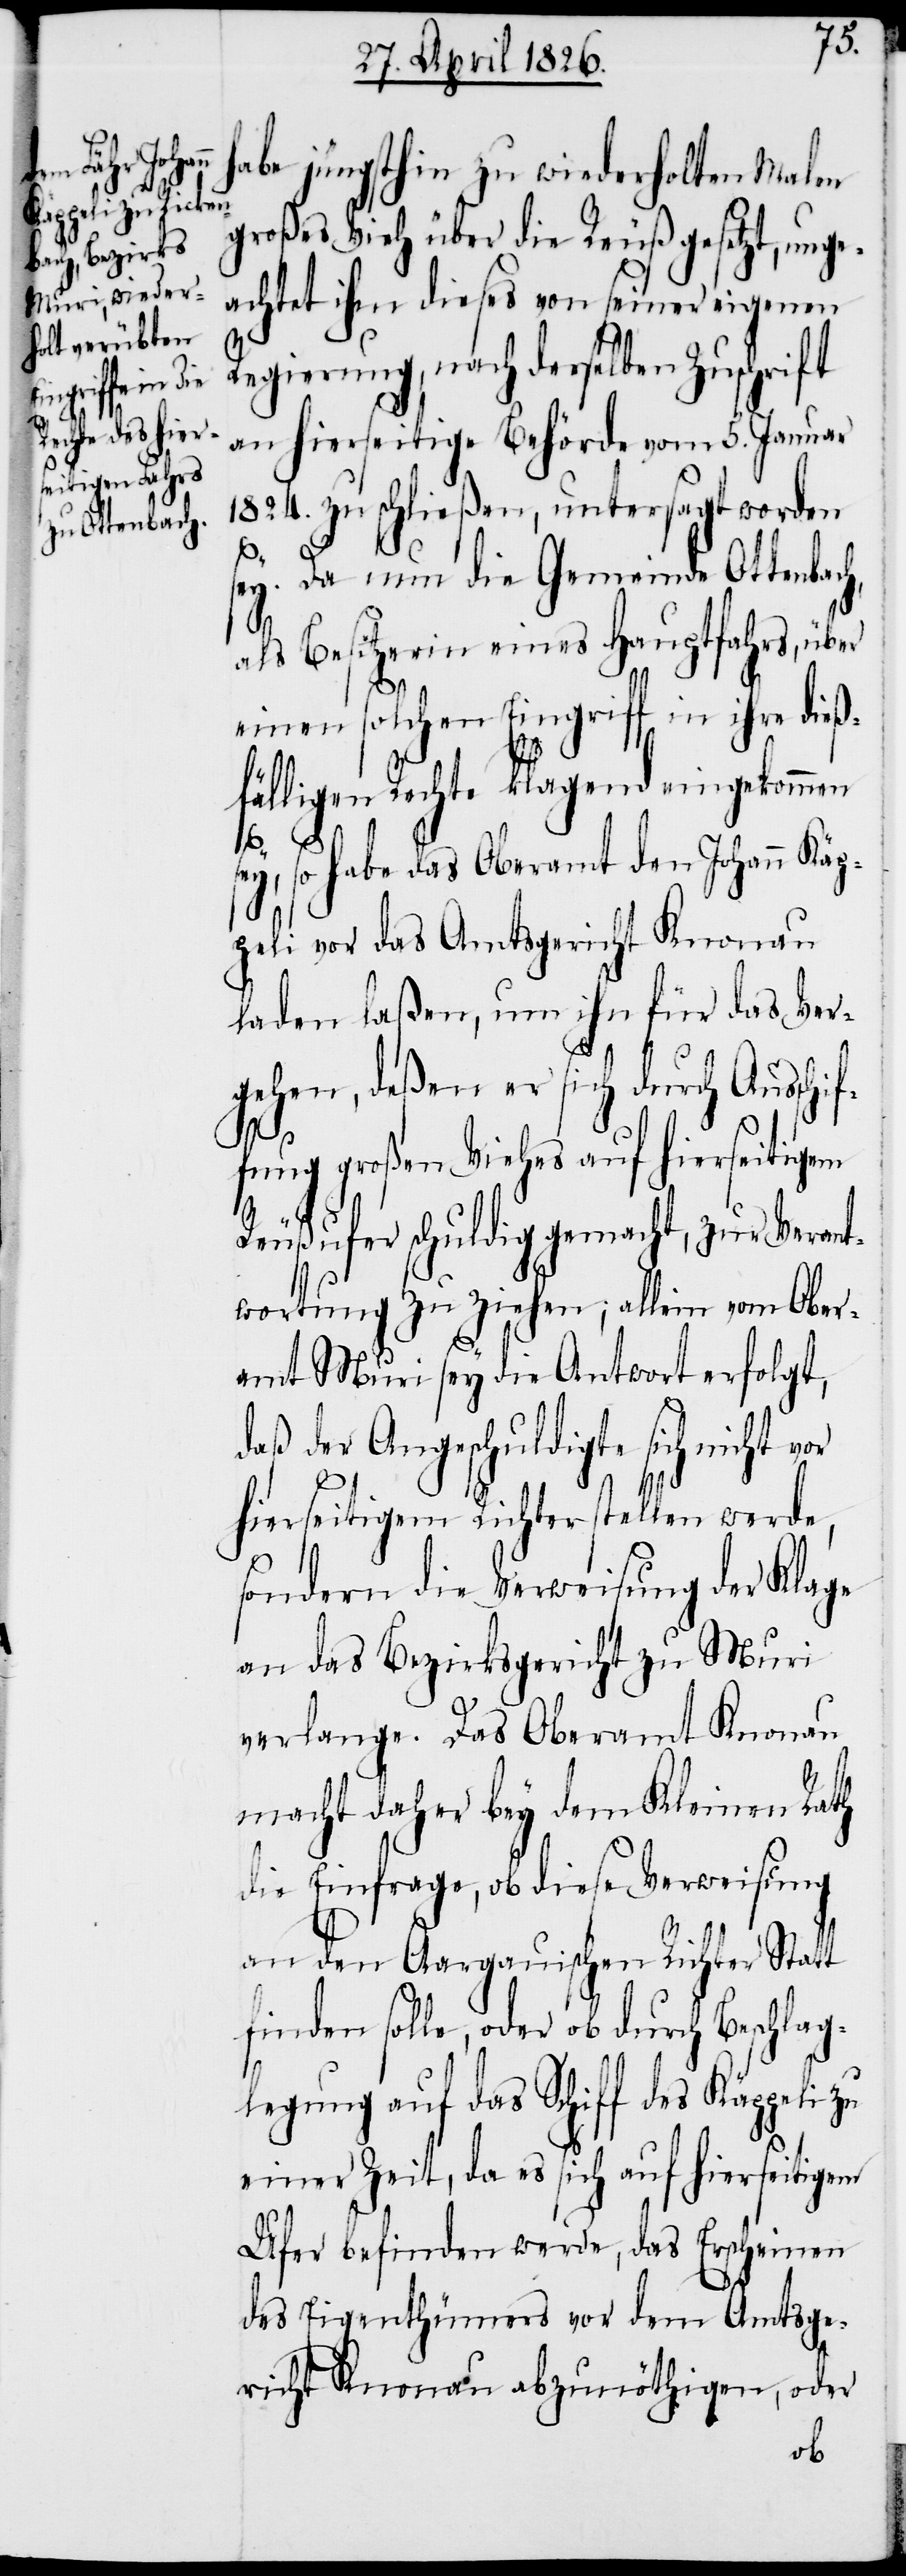
habe jüngsthin zu wiederholten Malen
großes Vieh über die Reuß gesetzt, unge¬
achtet ihm dieses von seiner eigenen
Regierung, nach derselben Zuschrift
an hierseitige Behörde vom 5. Januar
1824. zu schließen, untersagt worden
if¬
sey. Da nun die Gemeinde Ottenbach,
als Besitzerin eines Hauptfahrs, über
einen solchen Eingriff in ihre dieß¬
fälligen Rechte klagend eingekommen
sey, so habe das Oberamt den Johann Käp¬
peli vor das Amtsgericht Knonau
laden laßen, um ihn für das Ver¬
gehen, deßen er sich durch Aussch¬
fung großen Viehes auf hierseitigem
Reußufer schuldig gemacht, zur Verant¬
wortung zu ziehen; allein vom Ober¬
amt Muri sey die Antwort erfolgt,
daß der Angeschuldigte sich nicht vor
hierseitigem Richter stellen werde,
sondern die Verweisung der Klage
an das Bezirksgericht zu Muri
verlange. Das Oberamt Knonau
macht daher bey dem Kleinen Rath
die Einfrage, ob diese Verweisung
an den Aargauischen Richter Statt
finden solle, oder ob durch Beschlag¬
legung auf das Schiff des Käppeli zu
einer Zeit, da es sich auf hierseitigem
Ufer befinden werde, das Erscheinen
des Eigenthümers vor dem Amtsge¬
richt Knonau abzunöthigen, oder